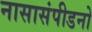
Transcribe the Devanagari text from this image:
नासासंपीडनो